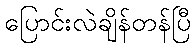
ပြောင်းလဲချိန်တန်ပြီ